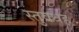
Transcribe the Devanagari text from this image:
स्तुवथह